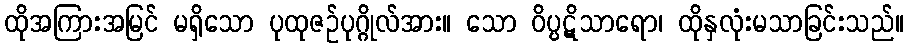
ထိုအကြားအမြင် မရှိသော ပုထုဇဉ်ပုဂ္ဂိုလ်အား။ သော ဝိပ္ပဋိသာရော၊ ထိုနှလုံးမသာခြင်းသည်။